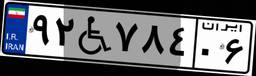
۲۰W۲۲۵۷۵